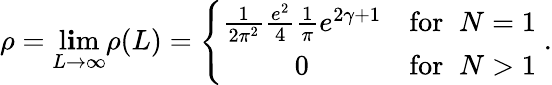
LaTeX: \rho=\operatorname*{l\mathbf{i}m}_{L\rightarrow\infty}\rho(L)=\left\{ \begin{array}{cr}{{\frac{1}{2\pi^{2}}\frac{e^{2}}{4}\frac{1}{\pi}e^{2\gamma+1}}}&{{\mathrm{for}\; \; N=1}}\\ {{0}}&{{\mathrm{for}\; \; N>1}}\end{array}\right.\; .